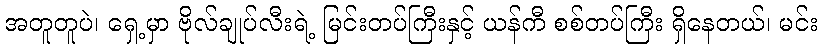
အတူတူပဲ၊ ရှေ့မှာ ဗိုလ်ချုပ်လီးရဲ့ မြင်းတပ်ကြီးနှင့် ယန်ကီ စစ်တပ်ကြီး ရှိနေတယ်၊ မင်း